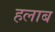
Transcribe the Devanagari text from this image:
हलाब